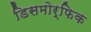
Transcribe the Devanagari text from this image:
डिसमोर्फिक